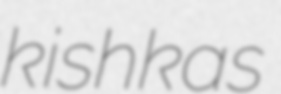
kishkas